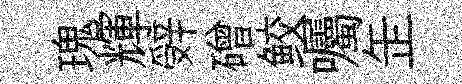
瑰輝辤磳鲛囑𦈢